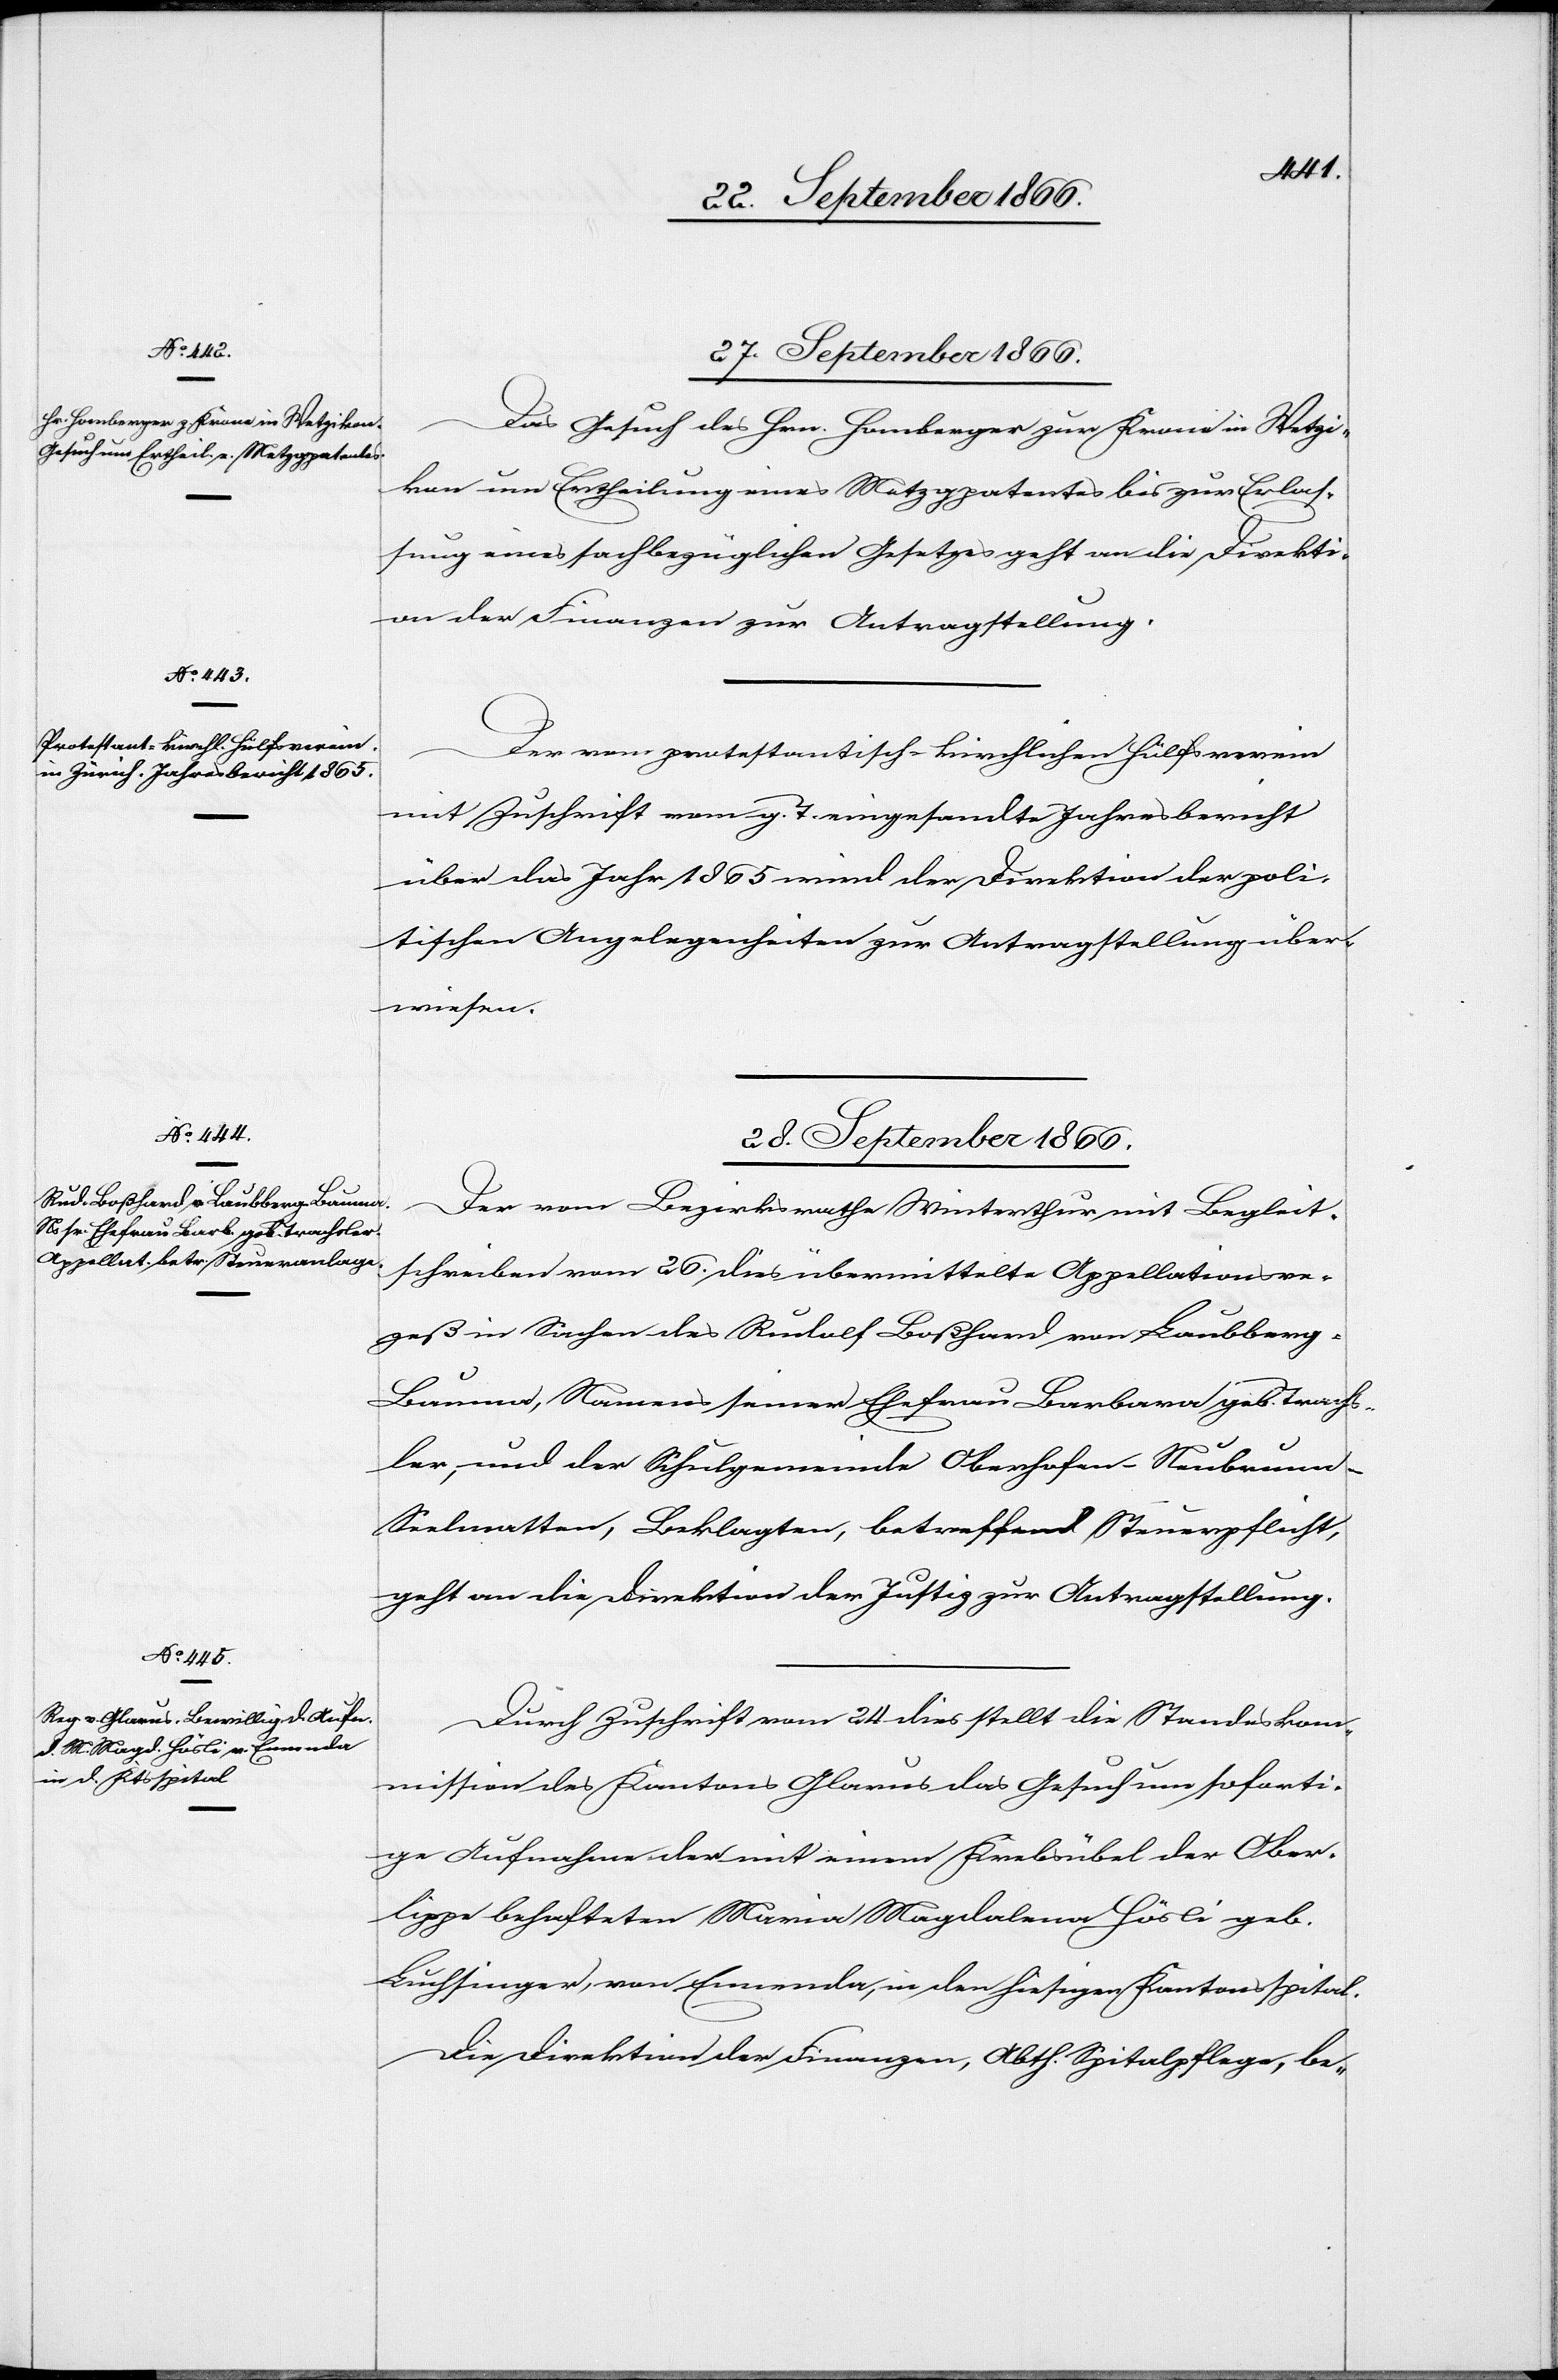
28. September 1866.]
Das Gesuch des Hrn. Hornberger zur Krone in Wetzi¬
kon um Ertheilung eines Metzgpatentes bis zur Erlas¬
sung eines sachbezüglichen Gesetzes geht an die Direkti¬
on der Finanzen zur Antragstellung.
Der vom protestantisch-kirchlichen Hülfsverein
mit Zuschrift vom g. T. eingesandte Jahresbericht
über das Jahr 1865 wird der Direktion der poli¬
tischen Angelegenheiten zur Antragstellung über¬
wiesen.
Der vom Bezirksrathe Winterthur mit Begleit¬
schreiben vom 26. dies übermittelte Appellationsre¬
zeß in Sachen des Rudolf Boßhard von Laubberg-
Bauma, Namens seiner Ehefrau Barbara, geb Trachs¬
ler, und der Schulgemeinde Oberhofen-Neubrun¬
n-Seelmatten, Beklagten, betreffend Steuerpflicht,
geht an die Direktion der Justiz zur Antragstellung.
Durch Zuschrift vom 24. dies stellt die Standeskom¬
mission des Kantons Glarus das Gesuch um soforti¬
ge Aufnahme der mit einem Krebsübel der Ober¬
lippe behafteten Maria Magdalena Häsli geb.
Buchsinger, von Ennenda, in den hiesigen Kantonsspital.
Die Direktion der Finanzen, Abth. Spitalpflege, be-